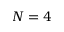
N = 4